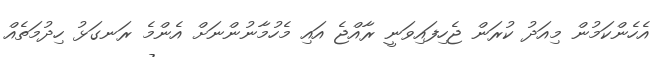
އެހެންކަމުން މިއަދު ކުރަން ޖެހިފައިވަނީ ރާއްޖެ އައި މެހުމާނުންނަށް އެންމެ ރަނގަޅު ހިދުމަތެއް